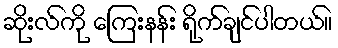
ဆိုးလ်ကို ကြေးနန်း ရိုက်ချင်ပါတယ်။